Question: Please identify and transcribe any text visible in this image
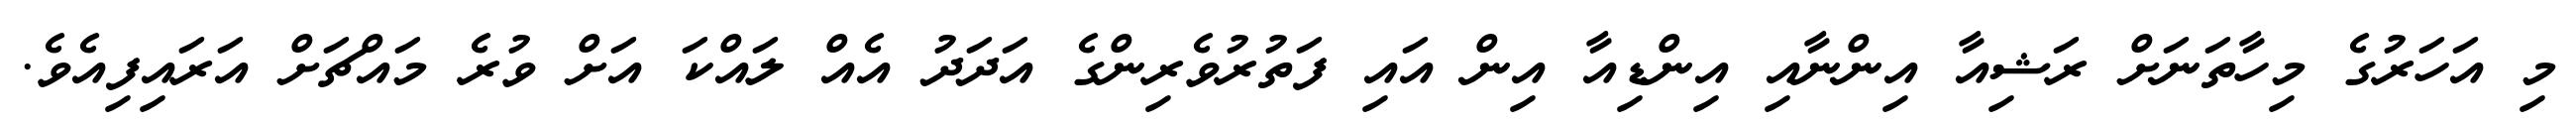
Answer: މި އަހަރުގެ މިހާތަނަށް ރަޝިއާ އިންނާއި އިންޑިއާ އިން އައި ފަތުރުވެރިންގެ އަދަދު އެއް ލައްކަ އަށް ވުރެ މައްޗަށް އަރައިފިއެވެ.